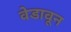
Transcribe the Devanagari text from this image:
वेडावून